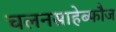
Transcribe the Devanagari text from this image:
चलनसाहेब्फौज